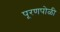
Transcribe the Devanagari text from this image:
पूरणपोळी